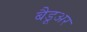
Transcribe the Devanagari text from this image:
बैडूअर